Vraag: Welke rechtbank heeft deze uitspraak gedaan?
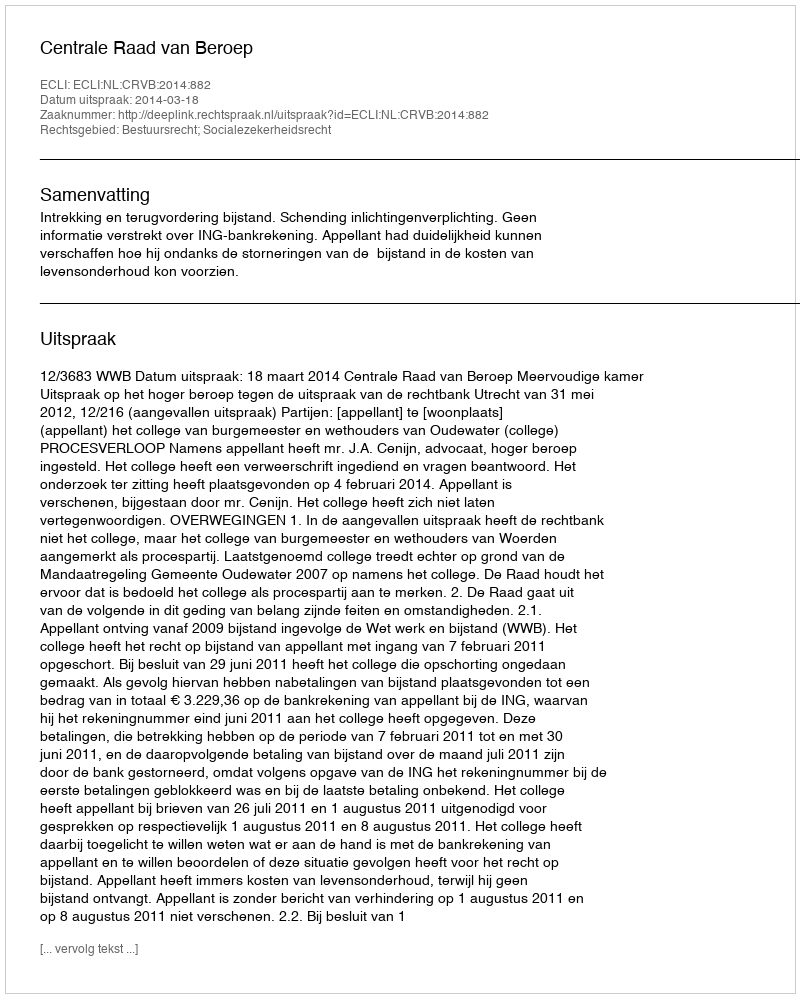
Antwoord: Centrale Raad van Beroep